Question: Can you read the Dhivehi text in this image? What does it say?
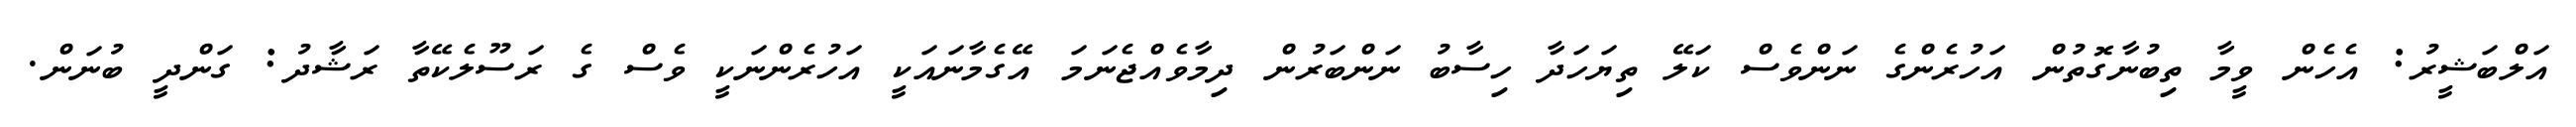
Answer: އަލްބަޝީރު: އެހެން ވީމާ ތިބުނާގޮތުން އަހުރެންގެ ނަންވެސް ކަލޭ ތިޔަހަދާ ހިސާބު ނަންބަރުން ދިމާވެއްޖެނަމަ އޭގެމާނައަކީ އަހުރެންނަކީ ވެސް ގެ ރަސޫލެކޭތާ ރަޝާދު: ގަންދީ ބުނަން.